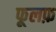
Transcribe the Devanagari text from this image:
फूलफ़